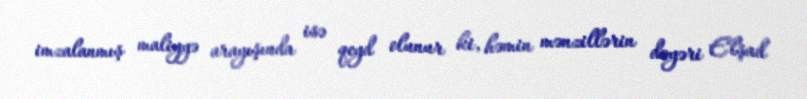
imzalanmış maliyyə arayışında isə qeyd olunur ki, həmin mənzillərin dəyəri Elşad